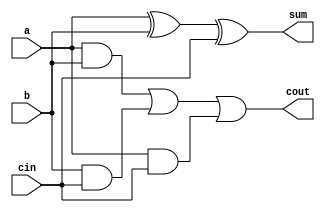
`timescale 1ns / 1ps
module full_adder(a,b,cin,sum,cout);

input a,b,cin;
output reg sum,cout;
reg t1,t2,t3;

//wire x,u,v,w;


/* 
and(v,b,cin);
and(w,a,cin);
and(u,a,b);
or(cout,u,v,w);
xor(x,a,b);
xor(sum,x,cin);
*/

initial 
	begin
	sum<=0;
	cout<=0;
	end

always@(*)
	begin
	sum<= (a^b)^cin;
	t1<= a & b;
	t2<= b & cin;
	t3<= a & cin;
	cout<= (t1 | t2 )| t3;
	end 

endmodule